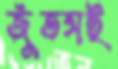
জুঁতসই